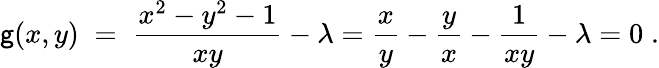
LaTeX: \mathsf{g}(x,y)\; =\; {\frac{{x^{2}-y^{2}-1}}{{xy}}}-\lambda={\frac{{x}}{{y}}}-{\frac{{y}}{{x}}}-{\frac{{1}}{{xy}}}-\lambda=0\; .